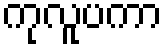
ကုလူပကာ